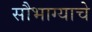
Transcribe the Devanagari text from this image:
सौभाग्याचे